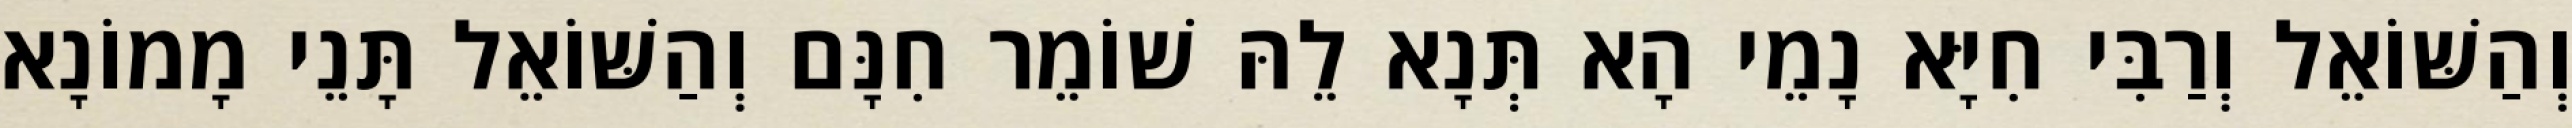
וְהַשּׁוֹאֵל וְרַבִּי חִיָּא נָמֵי הָא תְּנָא לֵהּ שׁוֹמֵר חִנָּם וְהַשּׁוֹאֵל תָּנֵי מָמוֹנָא